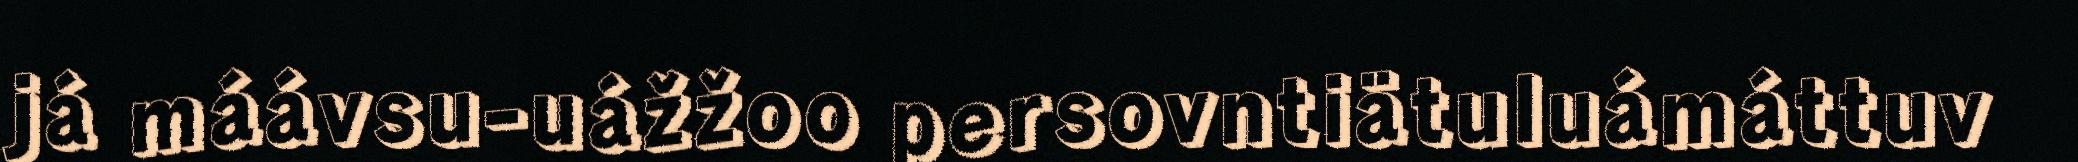
já máávsu-uážžoo persovntiätuluámáttuv